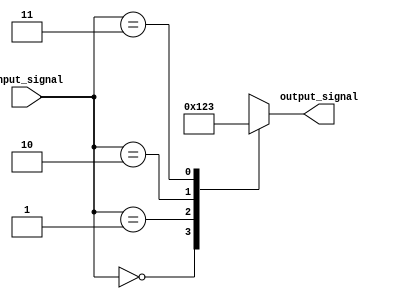
module XBasedCaseStatement (
    input wire [1:0] input_signal,
    output reg [3:0] output_signal
);

always @* begin
    case (input_signal)
        2'b00: output_signal = 4'b0000;
        2'b01: output_signal = 4'b0001;
        2'b10: output_signal = 4'b0010;
        2'b11: output_signal = 4'b0011;
        default: output_signal = 4'b1111;
    endcase
end

endmodule